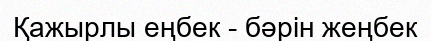
Қажырлы еңбек - бәрін жеңбек